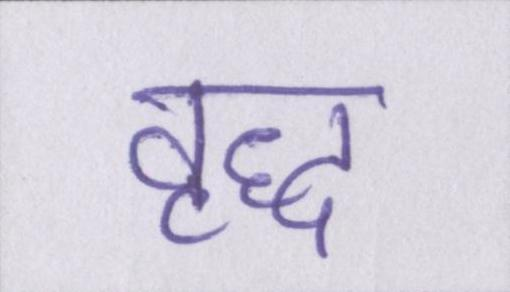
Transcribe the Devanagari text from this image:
वृद्ध